Report of the Indian Hemp Drugs Commission, 1894-1895 - Volume V
Year: 1894
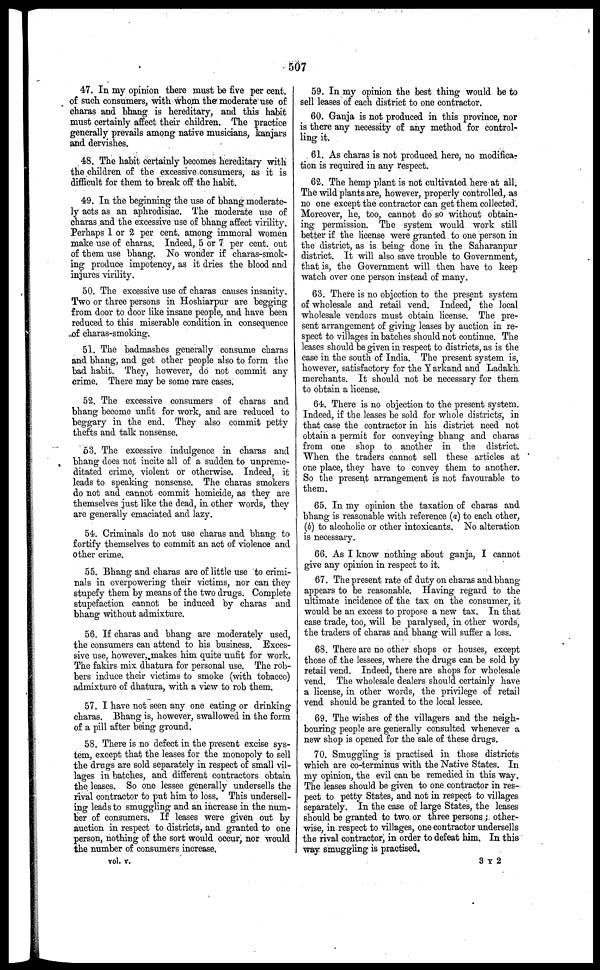
507
47. In my opinion there must be five per cent.
of such consumers, with whom the moderate use of
charas and bhang is hereditary, and this habit
must certainly affect their children. The practice
generally prevails among native musicians, kanjars
and dervishes.
48. The habit certainly becomes hereditary with
the children of the excessive consumers, as it is
difficult for them to break off the habit.
49. In the beginning the use of bhang moderate-
ly acts as an aphrodisiac. The moderate use of
charas and the excessive use of bhang affect virility.
Perhaps 1 or 2 per cent. among immoral women
make use of charas. Indeed, 5 or 7 per cent. out
of them use bhang. No wonder if charas-smok-
ing produce impotency, as it dries the blood and
injures virility.
50. The excessive use of charas causes insanity.
Two or three persons in Hoshiarpur are begging
from door to door like insane people, and have been
reduced to this miserable condition in consequence
of charas-smoking.
51. The badmashes generally consume charas
and bhang, and get other people also to form the
bad habit. They, however, do not commit any
crime. There may be some rare cases.
52. The excessive consumers of charas and
bhang become unfit for work, and are reduced to
beggary in the end. They also commit petty
thefts and talk nonsense.
53. The excessive indulgence in charas and
bhang does not incite all of a sudden to unpreme-
ditated crime, violent or otherwise. Indeed, it
leads to speaking nonsense. The charas smokers
do not and cannot commit homicide, as they are
themselves just like the dead, in other words, they
are generally emaciated and lazy.
54. Criminals do not use charas and bhang to
fortify themselves to commit an act of violence and
other crime.
55. Bhang and charas are of little use to crimi-
nals in overpowering their victims, nor can they
stupefy them by means of the two drugs. Complete
stupefaction cannot be induced by charas and
bhang without admixture.
56. If charas and bhang are moderately used,
the consumers can attend to his business. Exces-
sive use, however, makes him quite unfit for work.
The fakirs mix dhatura for personal use. The rob-
bers induce their victims to smoke (with tobacco)
admixture of dhatura, with a view to rob them.
57. I have not seen any one eating or drinking
charas. Bhang is, however, swallowed in the form
of a pill after being ground.
58. There is no defect in the present excise sys-
tem, except that the leases for the monopoly to sell
the drugs are sold separately in respect of small vil-
lages in batches, and different contractors obtain
the leases. So one lessee generally undersells the
rival contractor to put him to loss. This undersell-
ing leads to smuggling and an increase in the num-
ber of consumers. If leases were given out by
auction in respect to districts, and granted to one
person, nothing of the sort would occur, nor would
the number of consumers increase.
59. In my opinion the best thing would be to
sell leases of each district to one contractor.
60. Ganja is not produced in this province, nor
is there any necessity of any method for control-
ling it.
61. As charas is not produced here, no modifica-
tion is required in any respect.
62. The hemp plant is not cultivated here at all.
The wild plants are, however, properly controlled, as
no one except the contractor can get them collected.
Moreover, he, too, cannot do so without obtain-
ing permission. The system would work still
better if the license were granted to one person in
the district, as is being done in the Saharanpur
district. It will also save trouble to Government,
that is, the Government will then have to keep
watch over one person instead of many.
63. There is no objection to the present system
of wholesale and retail vend. Indeed, the local
wholesale vendors must obtain license. The pre-
sent arrangement of giving leases by auction in re-
spect to villages in batches should not continue. The
leases should be given in respect to districts, as is the
case in the south of India. The present system is,
however, satisfactory for the Yarkand and Ladakh.
merchants. It should not be necessary for them
to obtain a license.
64. There is no objection to the present system.
Indeed, if the leases be sold for whole districts, in
that case the contractor in his district need not
obtain a permit for conveying bhang and charas
from one shop to another in the district.
When the traders cannot sell these articles at
one place, they have to convey them to another.
So the present arrangement is not favourable to
them.
65. In my opinion the taxation of charas and
bhang is reasonable with reference (a) to each other,
(b) to alcoholic or other intoxicants. No alteration
is necessary.
66. As I know nothing about ganja, I cannot
give any opinion in respect to it.
67. The present rate of duty on charas and bhang
appears to be reasonable. Having regard to the
ultimate incidence of the tax on the consumer, it
would be an excess to propose a new tax. In that
case trade, too, will be paralysed, in other words,
the traders of charas and bhang will suffer a loss.
68. There are no other shops or houses, except
those of the lessees, where the drugs can be sold by
retail vend. Indeed, there are shops for wholesale
vend. The wholesale dealers should certainly have
a license, in other words, the privilege of retail
vend should be granted to the local lessee.
69. The wishes of the villagers and the neigh-
bouring people are generally consulted whenever a
new shop is opened for the sale of these drugs.
70. Smuggling is practised in those districts
which are co-terminus with the Native States. In
my opinion, the evil can be remedied in this way.
The leases should be given to one contractor in res-
pect to petty States, and not in respect to villages
separately. In the case of large States, the leases
should be granted to two or three persons ; other-
wise, in respect to villages, one contractor undersells
the rival contractor, in order to defeat him. In this
way smuggling is practised.
vol. v.
3 Y 2